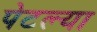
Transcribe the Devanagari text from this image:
पेटल्या